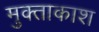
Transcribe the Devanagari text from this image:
मुक्ताकाश